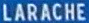
LARACHE